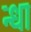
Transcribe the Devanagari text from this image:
न्धा